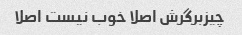
چیزبرگرش اصلا خوب نیست اصلا